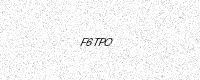
Text: F6TPO